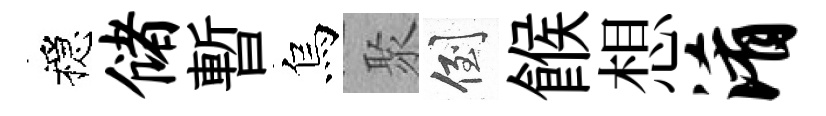
穩储暫烏聚倒餱想淆